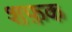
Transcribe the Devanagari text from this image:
शफ़क